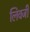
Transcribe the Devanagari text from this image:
लिवजी